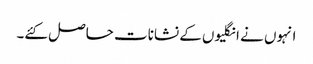
انہوں نے انگلیوں کے نشانات حاصل کئے۔